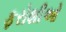
ફરોશીઓ